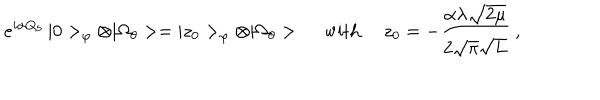
e ^ { i \alpha Q _ { 5 } } \, | 0 > _ { \varphi } \otimes | \Omega _ { \theta } > = | z _ { 0 } > _ { \varphi } \otimes | \Omega _ { \theta } > \ \mathrm { w i t h } \ z _ { 0 } = - \frac { \alpha \lambda \sqrt { 2 \mu } } { 2 \sqrt { \pi } \sqrt { L } } \ ,